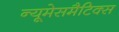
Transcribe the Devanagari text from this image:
न्यूमेसमैटिक्स